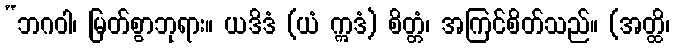
“ဘဂဝါ၊ မြတ်စွာဘုရား။ ယဒိဒံ (ယံ ဣဒံ) စိတ္တံ၊ အကြင်စိတ်သည်။ (အတ္ထိ၊